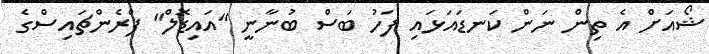
ޝޯއަށް އެ ތިން ނަން ކަނޑައަޅައި ފަހު ބަސް ބުނާނީ "އައިޑޮލް" ފްރެންޗައިސްގެ